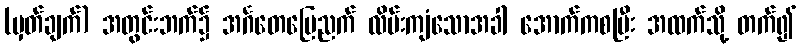
(မှတ်ချက်) အတွင်းဘက်၌ အင်္ဂတေမြေညက် လိမ်းကျံသောအခါ အောက်ကစပြီး အထက်သို့ တက်၍